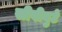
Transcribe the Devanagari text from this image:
सीवीयुटे